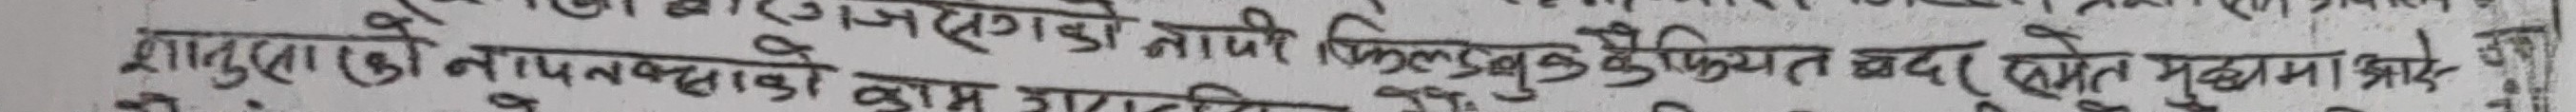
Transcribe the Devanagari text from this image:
शाहुलाको नापनक्साको काम झाहिर किल्कुवुकिफियत खवर समेत मुद्धामा झाईदे